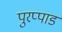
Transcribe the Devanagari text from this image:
पुरप्पाड